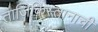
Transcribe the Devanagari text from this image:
ताजिकिस्तानाची